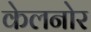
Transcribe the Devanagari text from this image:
केलनोर